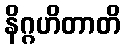
နိဂ္ဂဟိတာတိ